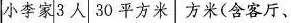
小李家3人 30平方米 方米(含客厅、